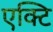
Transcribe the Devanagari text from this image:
एक्टि